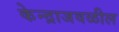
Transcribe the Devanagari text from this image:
केन्द्राजवळील